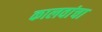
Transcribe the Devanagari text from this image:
कालवांचा